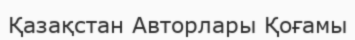
Қазақстан Авторлары Қоғамы